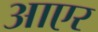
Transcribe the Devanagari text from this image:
आएर